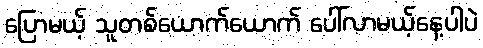
ပြောမယ့် သူတစ်ယောက်ယောက် ပေါ်လာမယ့်နေ့ပါပဲ